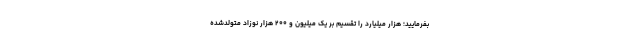
بفرمایید؛ هزار میلیارد را تقسیم بر یک میلیون و ۲۰۰ هزار نوزاد متولدشده